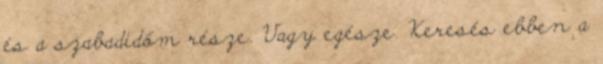
és a szabadidőm része. Vagy egésze. Keresés ebben a